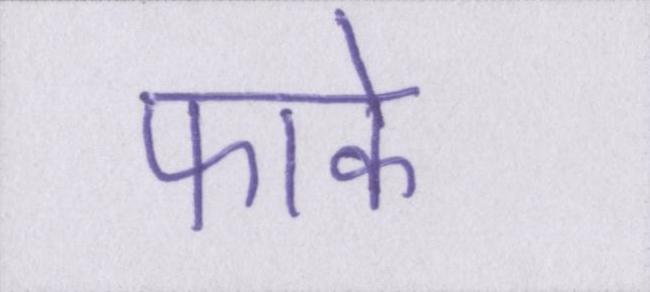
फाके